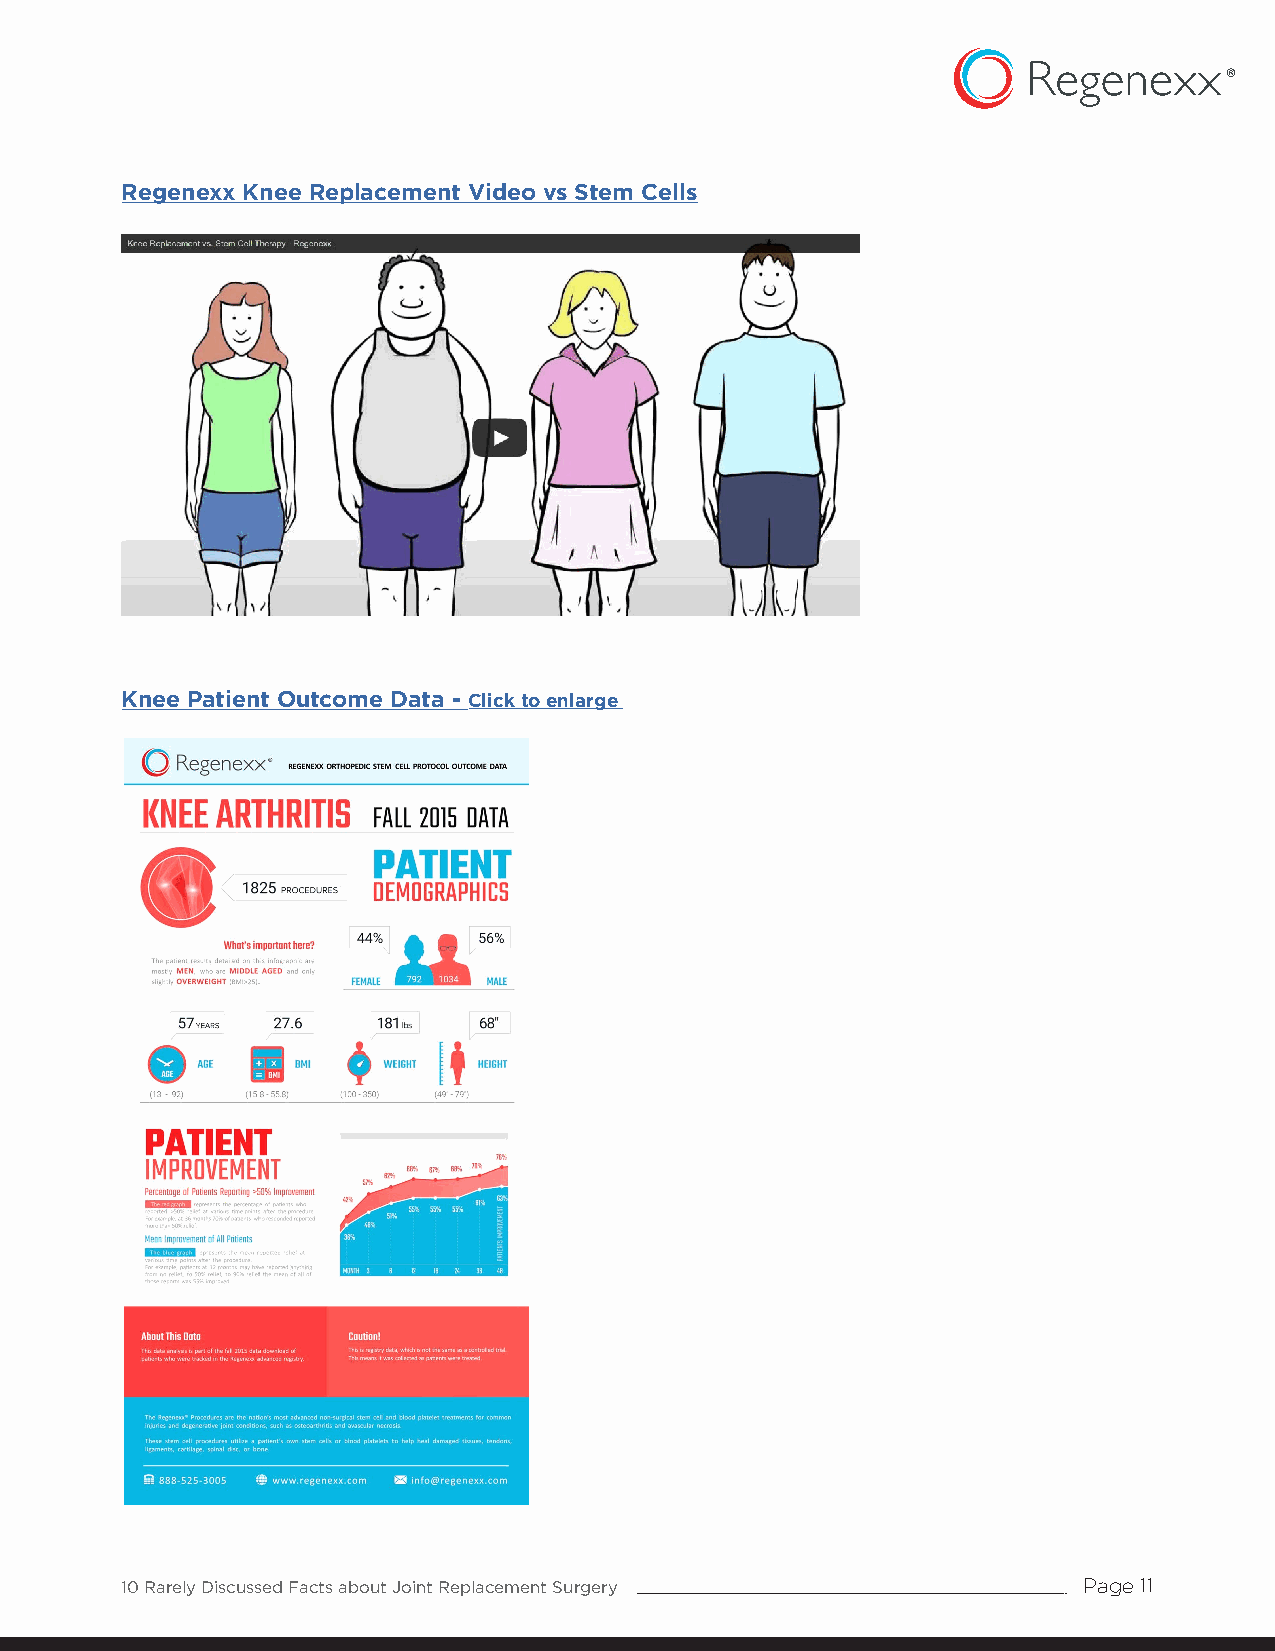
Regenexx Knee Replacement Video vs Stem Cells
 Knee Patient Outcome Data - Click to enlarge
 10 Rarely Discussed Facts about Joint Replacement Surgery       Page 11